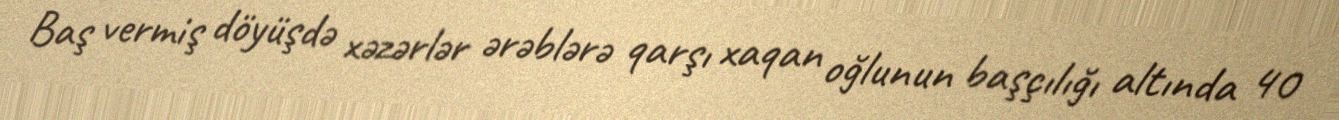
Baş vermiş döyüşdə xəzərlər ərəblərə qarşı xaqan oğlunun başçılığı altında 40